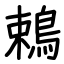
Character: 鵣